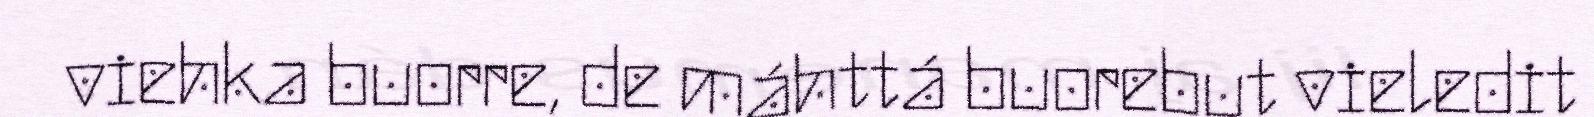
viehka buorre, de máhttá buorebut vieledit